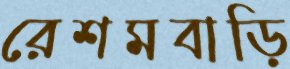
রেশমবাড়ি